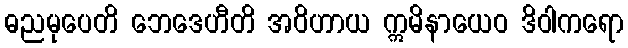
ဓညမုပေတိ ဘေဒေဟီတိ အဝိဟာယ ဣမိနာယေဝ ဒိဝါကရော